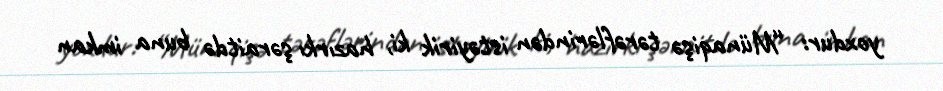
yoxdur: “Münaqişə tərəflərindən istəyirik ki, hazırkı şəraitdə buna imkan